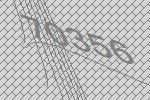
70356